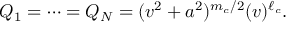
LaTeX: \d Q _ { 1 } = \cdots = \d Q _ { N } = ( v ^ { 2 } + a ^ { 2 } ) ^ { m _ { c } / 2 } ( v ) ^ { \ell _ { c } } .